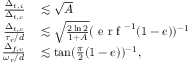
\begin{array} { r l } { \frac { \Delta _ { t , i } } { \Delta _ { t , c } } } & { { } \lesssim \sqrt { A } } \\ { \frac { \Delta _ { t , c } } { \tau _ { r } / d } } & { { } \lesssim \sqrt { \frac { 2 \ln { 2 } } { 1 + A } } ( \mathrm { ~ e ~ r ~ f ~ } ^ { - 1 } ( 1 - e ) ) ^ { - 1 } } \\ { \frac { \Delta _ { f , c } } { \omega _ { r } / d } } & { { } \lesssim \tan ( \frac { \pi } { 2 } ( 1 - e ) ) ^ { - 1 } , } \end{array}